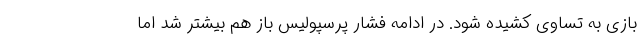
بازی به تساوی کشیده شود. در ادامه فشار پرسپولیس باز هم بیشتر شد اما